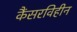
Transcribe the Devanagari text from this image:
कैंसरविहीन